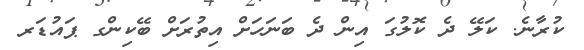
ކުރާނެ. ކަލޭ ދެ ކޮލުގަ އިން ދެ ބަނަހަށް އިތުރަށް ބޭކިންގ ޕައުޑަރ